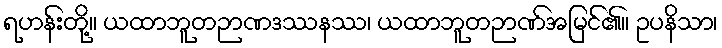
ရဟန်းတို့။ ယထာဘူတဉာဏဒဿနဿ၊ ယထာဘူတဉာဏ်အမြင်၏။ ဥပနိသာ၊